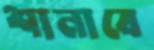
শানাবে